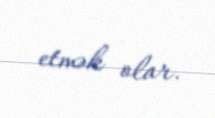
etmək olar.